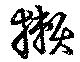
獺